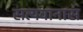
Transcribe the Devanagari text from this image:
सत्यवानास